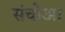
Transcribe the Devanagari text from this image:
संचोआ